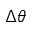
\Delta \theta